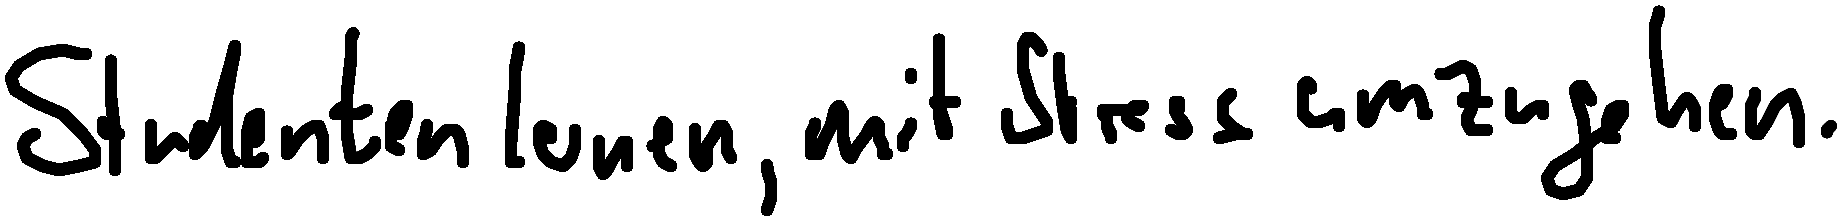
Studenten lernen, mit Stress umzugehen.